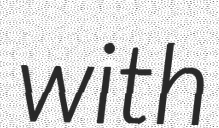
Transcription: with